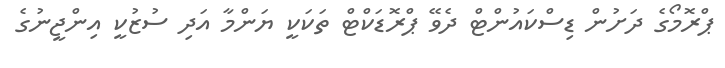
ޕްރޮމޯގެ ދަށުން ޑިސްކައުންޓް ދެވޭ ޕްރޮޑަކްޓް ތަކަކީ ޔަންމާ އަދި ސުޒުކީ އިންޖީނުގެ